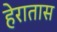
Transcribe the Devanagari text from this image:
हेरातास